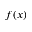
f ( x )